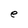
Character: e